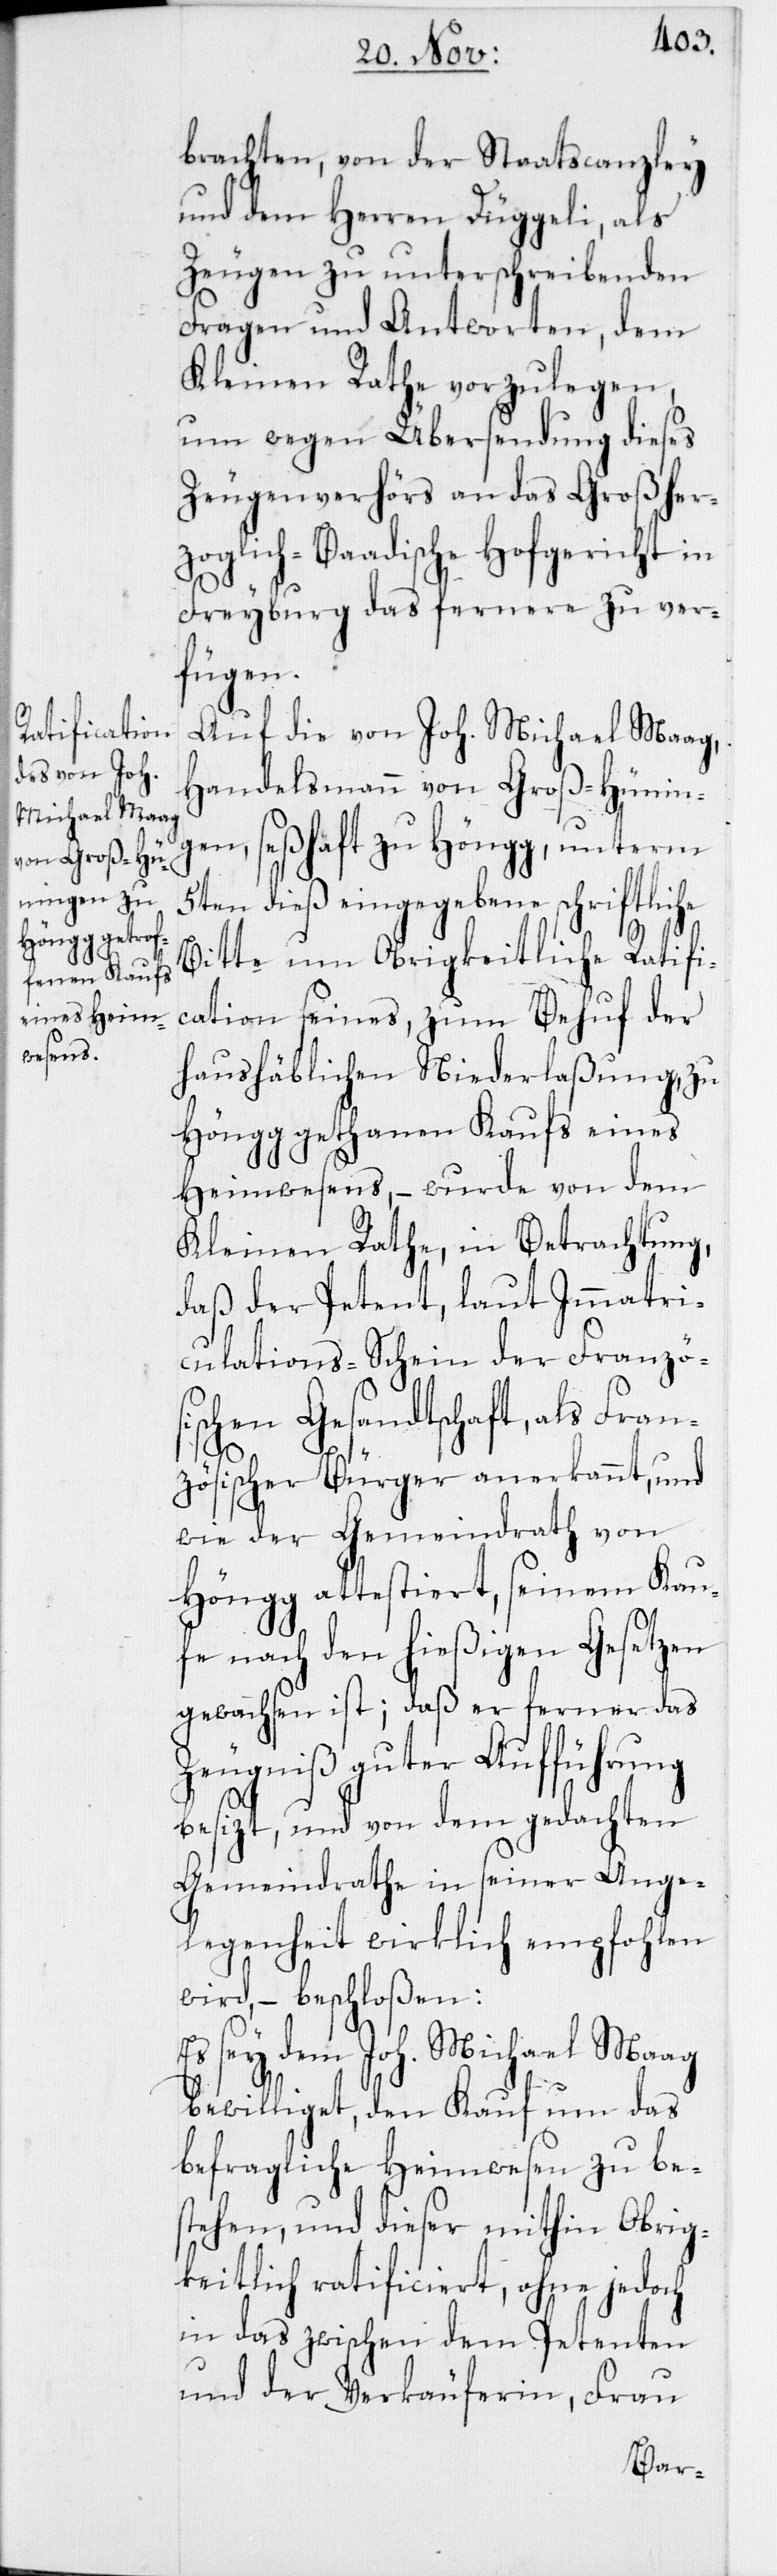
brachten, von der Staatscanzley
und dem Herren Düggeli, als
Zeugen zu unterschreibenden
Fragen und Antworten, dem
Kleinen Rathe vorzulegen,
um wegen Übersendung dieses
Zeugenverhörs an das Großher¬
zoglich-Baadische Hofgericht in
Freyburg das fernere zu ver¬
fügen.
Auf die von Joh. Michael Maag,
Handelsmann von Groß-Hünin¬
gen, seßhaft zu Höngg, unterm
5ten dieß eingegebene schriftliche
Bitte um Obrigkeitliche Ratifi¬
cation seines, zum Behuf der
haushäblichen Niederlaßung, zu
Höngg gethanen Kaufs eines
Heimwesens, – wurde von dem
Kleinen Rathe, in Betrachtung,
daß der Petent, laut Immatri¬
culations-Schein der Französ¬
ischen Gesandtschaft, als Fran¬
zösischer Bürger anerkannt, und
wie der Gemeindrath von
Höngg attestiert, seinem Kau¬
fe nach den hießigen Gesetzen
gewachsen ist; daß er ferner das
Zeugniß guter Aufführung
besizt, und von dem gedachten
Gemeindrathe in seiner Ange¬
legenheit wirklich empfohlen
wird, – beschloßen:
Es sey dem Joh. Michael Maag
bewilliget, dem Kauf um das
befragliche Heimwesen zu be¬
stehen, und dieser mithin Obrig¬
keitlich ratificiert, ohne jedoch
in das zwischen dem Petenten
und der Verkäuferin, Frau